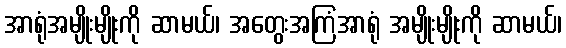
အာရုံအမျိုးမျိုးကို ဆာမယ်၊ အတွေးအကြံအာရုံ အမျိုးမျိုးကို ဆာမယ်၊